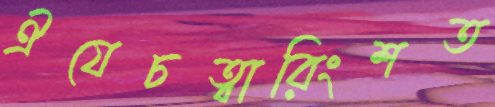
ঐযেচত্বারিংশত